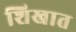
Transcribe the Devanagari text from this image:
शिखात